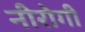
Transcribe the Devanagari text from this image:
नीरोगी